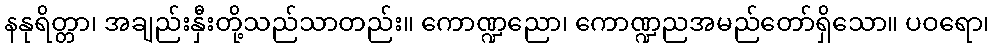
နနုရိတ္တာ၊ အချည်းနှီးတို့သည်သာတည်း။ ကောဏ္ဍညော၊ ကောဏ္ဍညအမည်တော်ရှိသော။ ပဝရော၊